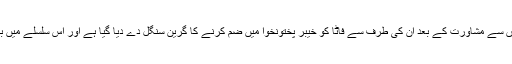
انھوں نے کہا تھا کہ تمام سیاسی جماعتوں کی پارلیمانی رہنماؤں سے مشاورت کے بعد ان کی طرف سے فاٹا کو ِخیبر پختونخوا میں ضم کرنے کا گرین سنگل دے دیا گیا ہے اور اس سلسلے میں باضابط اعلان آئندہ دنوں وفاقی کابنیہ کے اجلاس میں متوقع ہے۔